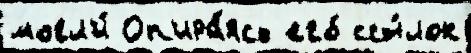
могл'и́ Оп'ира́ясь его́ ссы́лок